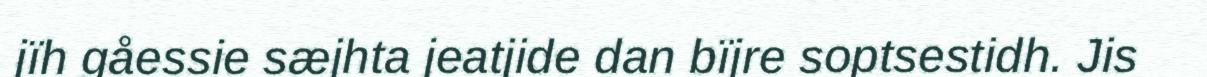
jïh gåessie sæjhta jeatjide dan bïjre soptsestidh. Jis